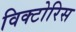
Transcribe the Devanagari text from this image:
विक्टोरिस